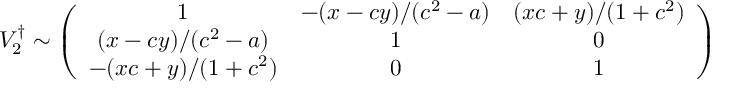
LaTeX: V _ { 2 } ^ { \dag } \sim \left( \begin{array} { c c c } { { 1 } } & { { - ( x - c y ) / ( c ^ { 2 } - a ) } } & { { ( x c + y ) / ( 1 + c ^ { 2 } ) } } \\ { { ( x - c y ) / ( c ^ { 2 } - a ) } } & { { 1 } } & { { 0 } } \\ { { - ( x c + y ) / ( 1 + c ^ { 2 } ) } } & { { 0 } } & { { 1 } } \end{array} \right)